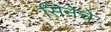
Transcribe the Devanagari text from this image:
सिनेचे